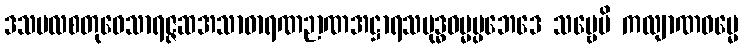
ဒသဗလစတုဝေသာရဇ္ဇဆအသာဓာရဏဉာဏအဋ္ဌာရသဗုဒ္ဓဓမ္မပ္ပဘေဒေ သဗ္ဗေပိ ကလျာဏဓမ္မေ